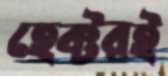
হেক্টরই